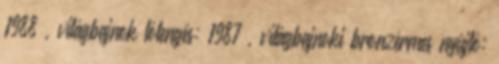
1988 , világbajnok lólengés: 1987 , világbajnoki bronzérmes nyújtó: